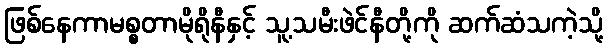
ဖြစ်နေကာမစ္စတာမိုရိုနီနှင့် သူ့သမီးဖဲင်နီတို့ကို ဆက်ဆံသကဲ့သို့